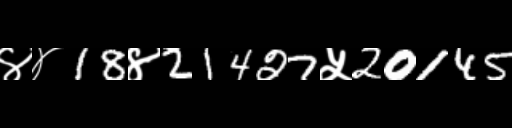
Text: ४४18४21427५20145